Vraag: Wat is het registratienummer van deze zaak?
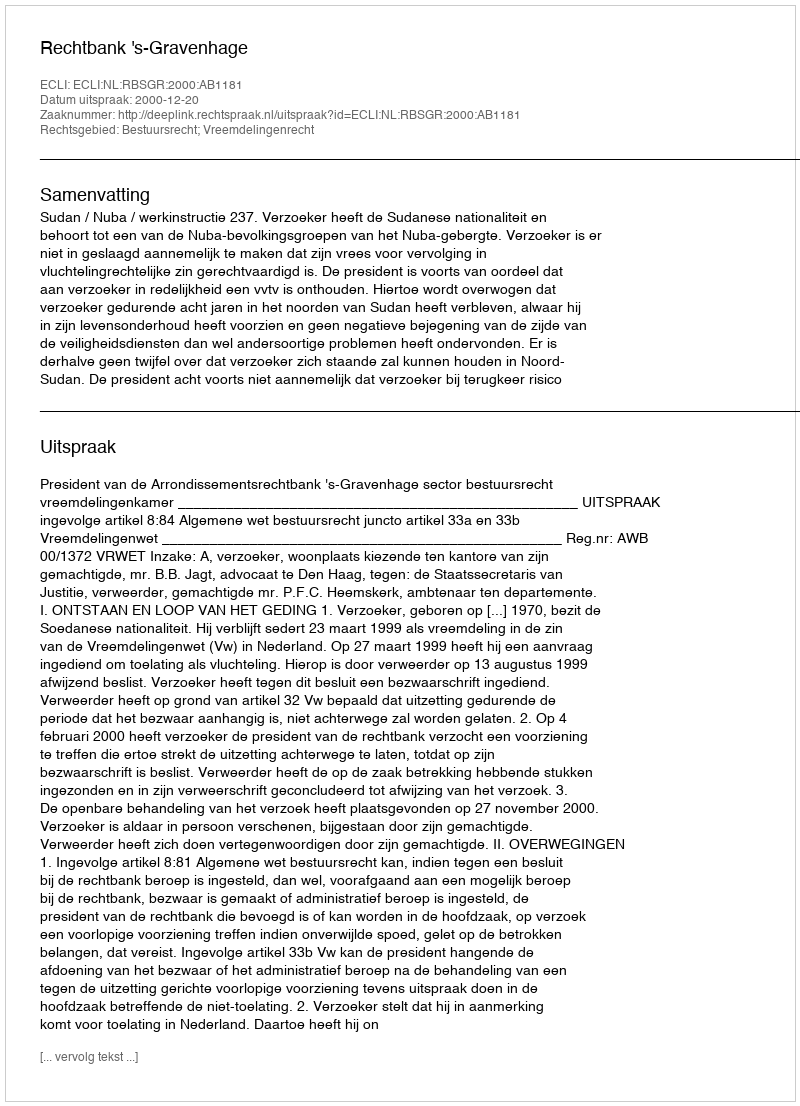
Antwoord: http://deeplink.rechtspraak.nl/uitspraak?id=ECLI:NL:RBSGR:2000:AB1181